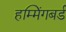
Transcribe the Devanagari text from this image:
हम्मिंगबर्ड